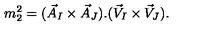
m _ { 2 } ^ { 2 } = ( \vec { A } _ { I } \times \vec { A } _ { J } ) . ( \vec { V } _ { I } \times \vec { V } _ { J } ) .